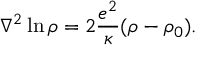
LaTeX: \nabla ^ { 2 } \ln \rho = 2 \frac { e ^ { 2 } } { \kappa } ( \rho - \rho _ { 0 } ) .